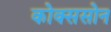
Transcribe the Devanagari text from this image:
कोक्ससोन